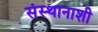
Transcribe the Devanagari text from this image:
संस्थानाशी